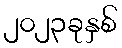
၂၀၂၃ခုနှစ်